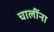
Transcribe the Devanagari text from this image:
चालींना